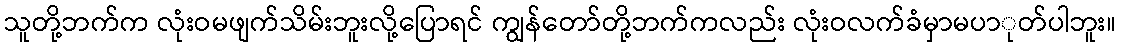
သူတို့ဘက်က လုံးဝမဖျက်သိမ်းဘူးလို့ပြောရင် ကျွန်တော်တို့ဘက်ကလည်း လုံးဝလက်ခံမှာမပာုတ်ပါဘူး။